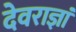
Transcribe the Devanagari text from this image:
देवराज्ञां